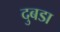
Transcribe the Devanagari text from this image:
दुबडा